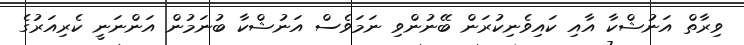
ވިރާތް އަނުޝްކާ އާއި ކައިވެނިކުރަން ބޭނުންވި ނަމަވެސް އަނުޝްކާ ބުނަމުން އަންނަނީ ކެރިއަރުގެ